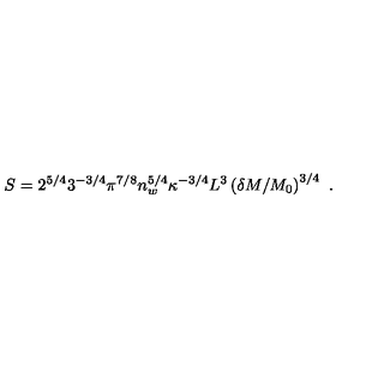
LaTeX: S = 2 ^ { 5 / 4 } 3 ^ { - 3 / 4 } \pi ^ { 7 / 8 } n _ { w } ^ { 5 / 4 } \kappa ^ { - 3 / 4 } L ^ { 3 } \left( \delta M / M _ { 0 } \right) ^ { 3 / 4 } \ .